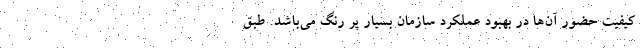
کیفیت حضور آن‌ها در بهبود عملکرد سازمان بسیار پر رنگ می‌باشد. طبق